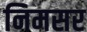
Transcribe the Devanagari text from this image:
निमसर